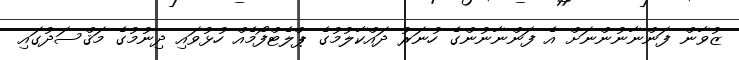
ޒުވާން ފަންނާނުންނަށް އެ ފަންނާނުންގެ ހުނަރު ދައްކާލުމުގެ ޕްލެޓްފޯމެއް ހުޅުވައި ދިނުމުގެ މަޤްސަދުގައި